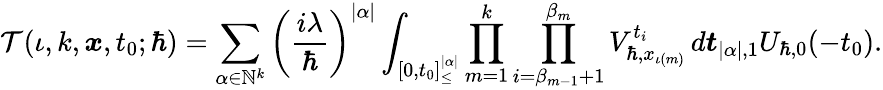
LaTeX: \mathcal{T}(\iota,k,\boldsymbol{x},t_{0};\hbar)=\sum_{\alpha\in\mathbb{N}^{k}}\left(\frac{i\lambda}{\hbar}\right)^{|\alpha|}\int_{[0,t_{0}]_{\leq}^{|\alpha|}}\prod_{m=1}^{k}\prod_{i=\beta_{m-1}+1}^{\beta_{m}}V_{\hbar,x_{\iota(m)}}^{t_{i}}\, d\boldsymbol{t}_{|\alpha|,1}U_{\hbar,0}(-t_{0}).